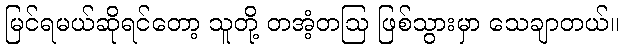
မြင်ရမယ်ဆိုရင်တော့ သူတို့ တအံ့တဩ ဖြစ်သွားမှာ သေချာတယ်။